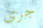
جرى